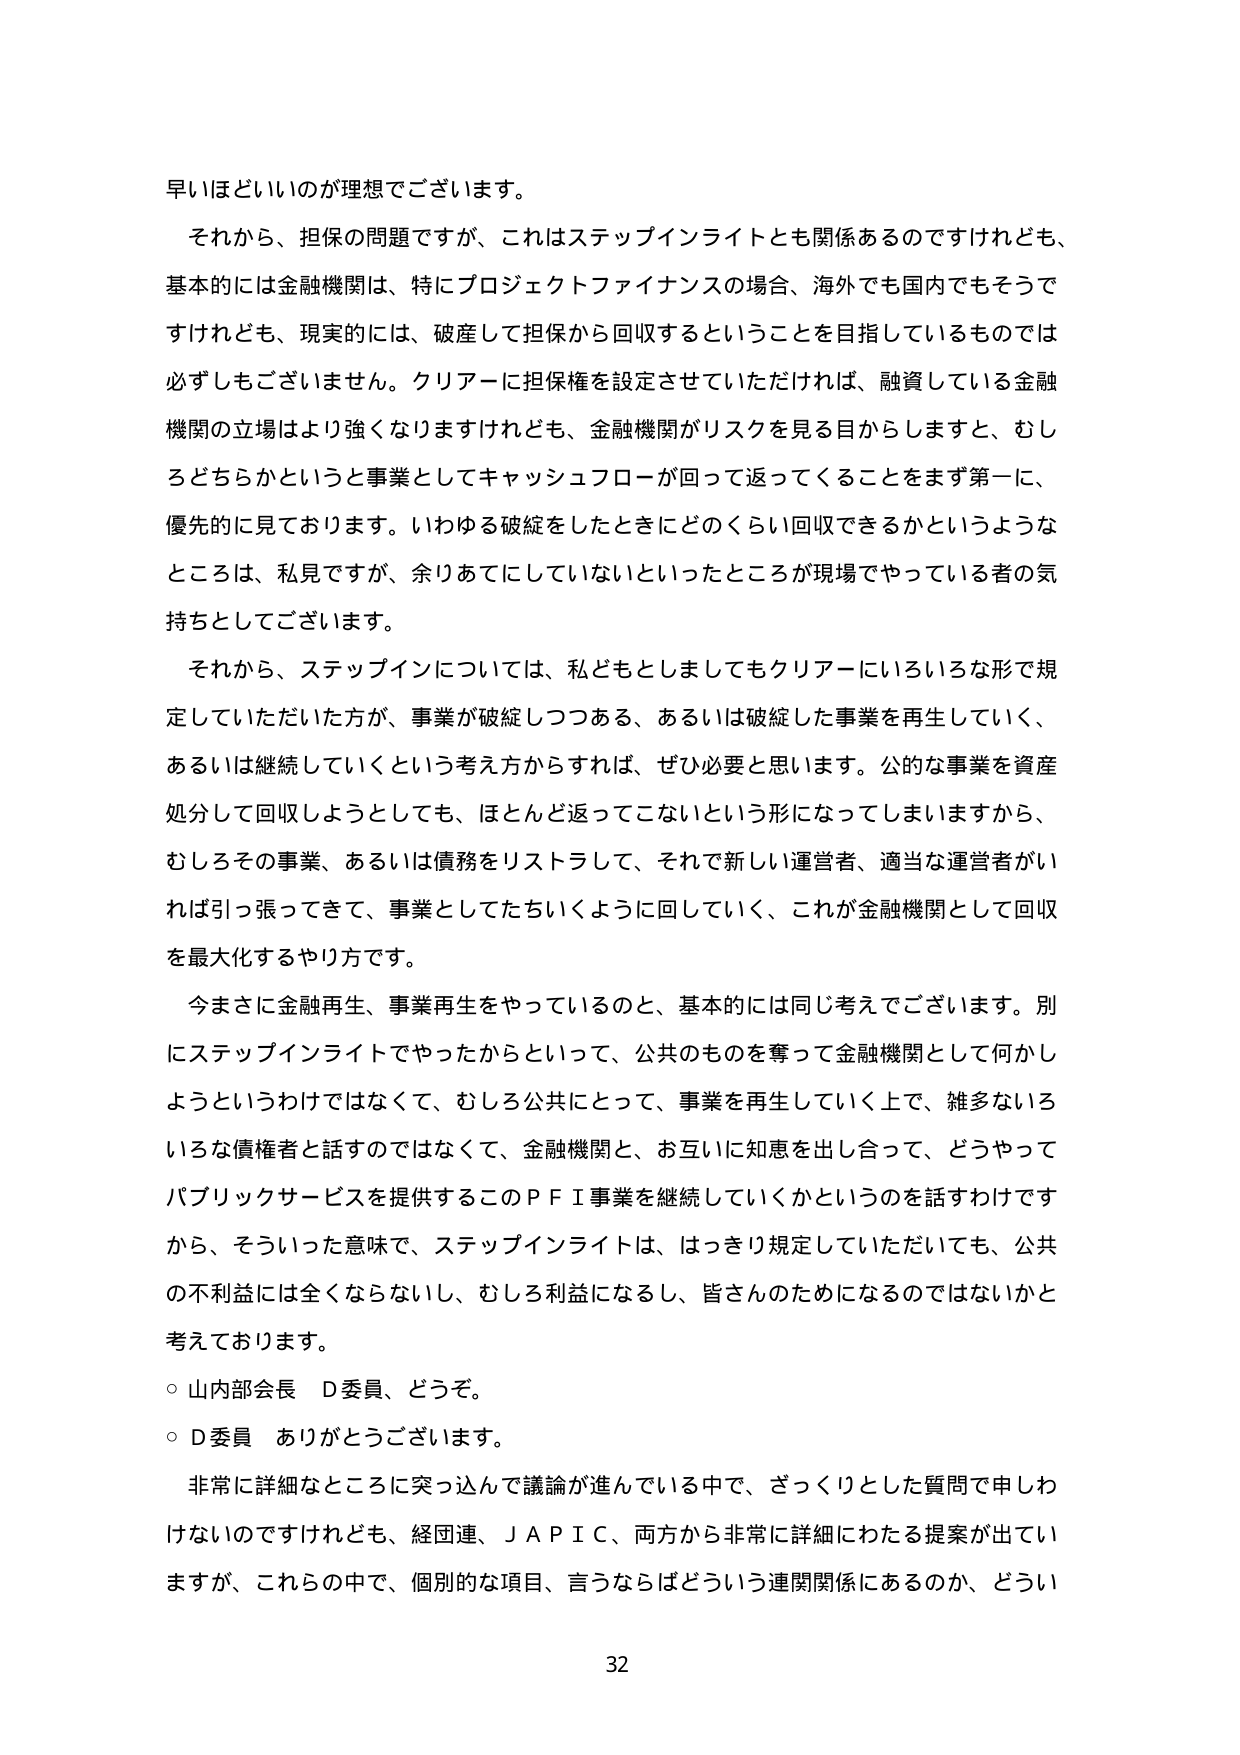
早いほどいいのが理想でございます。

それから、担保の問題ですが、これはステップインライトとも関係あるのですけれども、
基本的には金融機関は、特にプロジェクトファイナンスの場合、海外でも国内でもそうで
すけれども、現実的には、破産して担保から回収することを目指しているものでは
必ずしもございません。クリアーに担保権を設定させていただければ、融資している金融
機関の立場はより強くなりますけれども、金融機関がリスクを見る目からしますと、むし
ろどちらかというと事業としてキャッシュフローが回って返ってくることをまず第一に、
優先的に見ております。いわゆる破綻をしたときにどのくらい回収できるかというような
ところは、私見ですが、余りあてにしていないといったところが現場でやっている者の気
持ちとしてございます。

それから、ステップインについては、私どもとしましてもクリアーにいろいろな形で規
定していただいた方が、事業が破綻しつつある、あるいは破綻した事業を再生していく、
あるいは継続していくという考え方からすれば、ぜひ必要と思います。公的な事業を資産
処分して回収しようとしても、ほとんど返ってこないという形になってしまいますから、
むしろその事業、あるいは債務をリストラして、それで新しい運営者、適当な運営者がい
れば引っ張ってきて、事業としてたちいくように回していく、これが金融機関として回収
を最大化するやり方です。

今まさに金融再生、事業再生をやっているのと、基本的には同じ考えでございます。別
にステップインライトでやったからといって、公共のものを奪って金融機関として何かし
ようというわけではなくて、むしろ公共にとって、事業を再生していく上で、雑多ないろ
いろな債権者と話すのではなくて、金融機関と、お互いに知恵を出し合って、どうやって
パブリックサービスを提供するこのＰＦＩ事業を継続していくかというを話すわけです
から、そういった意味で、ステップインライトは、はっきり規定していただいても、公共
の不利益には全くならないし、むしろ利益になるし、皆さんのためになるのではないかと
考えております。

○ 山内部会長　Ｄ委員、どうぞ。
○ Ｄ委員　ありがとうございます。

非常に詳細なところに突っ込んで議論が進んでいる中で、ざっくりとした質問で申しわ
けないのですけれども、経団連、ＪＡＰＩＣ、両方から非常に詳細にわたる提案が出てい
ますが、これらの中で、個別的な項目、言うならばどういう連関関係にあるのか、どうい

32